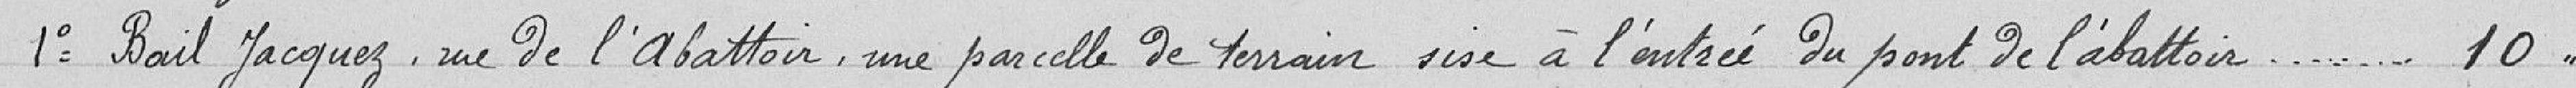
1° Bail Jacques, rue de l'abattoir, une parcelle de terrain sise à l'entrée du pont de l'abattoir 10